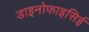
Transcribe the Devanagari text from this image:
डाइनोफाइसिई